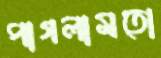
পাগলামতো